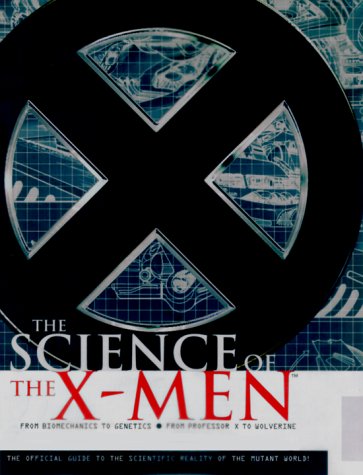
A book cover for Science of the X-Men; Linc Yaco; Science Fiction & Fantasy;